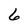
Character: 6